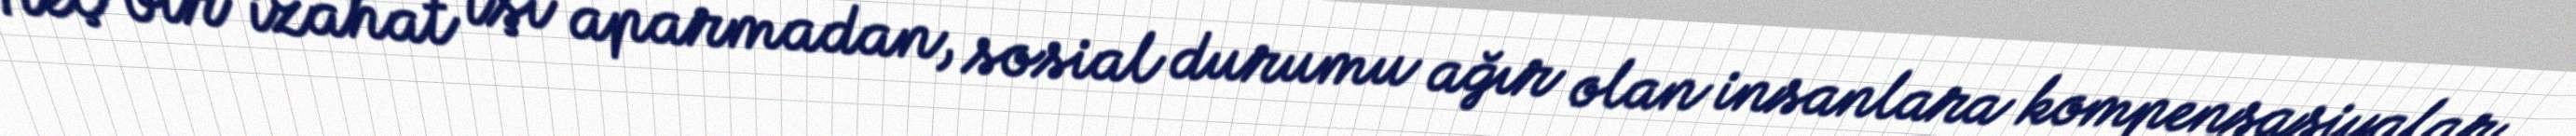
Heç bir izahat işi aparmadan, sosial durumu ağır olan insanlara kompensasiyalar